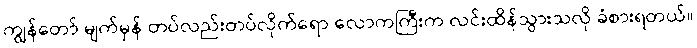
ကျွန်တော် မျက်မှန် တပ်လည်းတပ်လိုက်ရော လောကကြီးက လင်းထိန်သွားသလို ခံစားရတယ်။